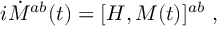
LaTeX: i \dot { \cal M } ^ { a b } ( t ) = [ { \cal H } , { \cal M } ( t ) ] ^ { a b } \ ,